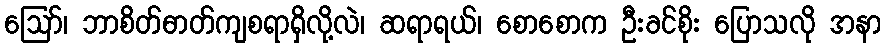
ဪ၊ ဘာစိတ်ဓာတ်ကျစရာရှိလို့လဲ၊ ဆရာရယ်၊ စောစောက ဦးခင်စိုး ပြောသလို အနာ